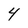
Character: 4